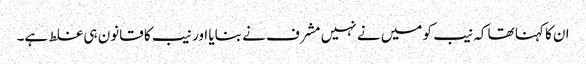
ان کا کہنا تھا کہ نیب کو میں نے نہیں مشرف نے بنایا اور نیب کا قانون ہی غلط ہے۔